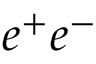
e ^ { + } e ^ { - }